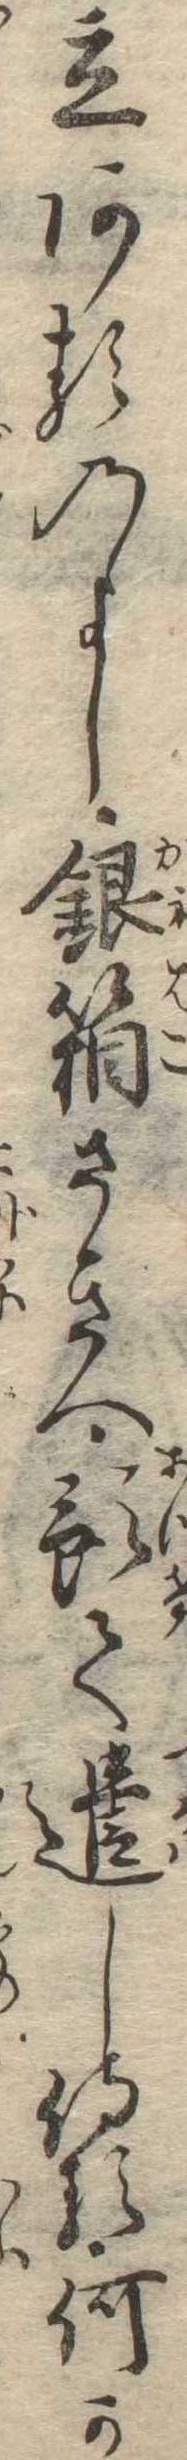
立あるのよし銀箱さきへ預て遣し侍る何か